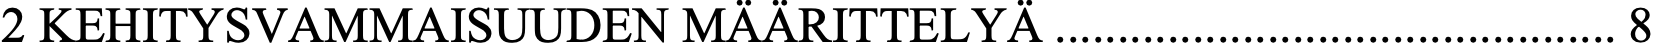
2 KEHITYSVAMMAISUUDEN MÄÄRITTELYÄ ............................................. 8